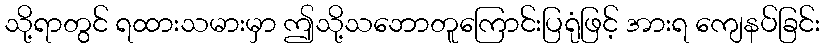
သို့ရာတွင် ရထားသမားမှာ ဤသို့သဘောတူကြောင်းပြရုံဖြင့် အားရ ကျေနပ်ခြင်း